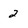
Character: 2